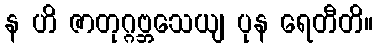
န ဟိ ဇာတုဂ္ဂဗ္ဘသေယျ ပုန ရေတီတိ။